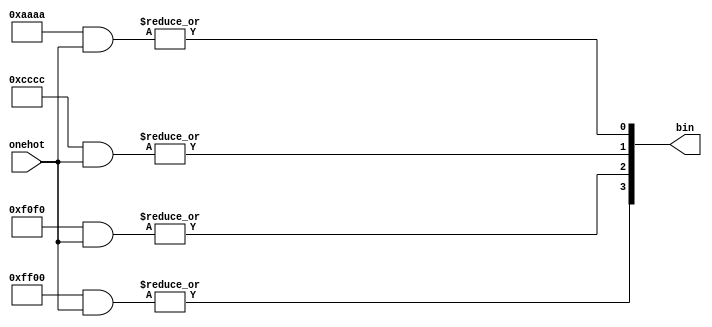
module onehot_to_bin (onehot,bin);

parameter ONEHOT_WIDTH = 16;
parameter BIN_WIDTH = $clog2(ONEHOT_WIDTH-1);

input [ONEHOT_WIDTH-1:0] onehot;
output [BIN_WIDTH-1:0] bin;

genvar i,j;
generate
	for (j=0; j<BIN_WIDTH; j=j+1)
	begin : jl
		wire [ONEHOT_WIDTH-1:0] tmp_mask;
		for (i=0; i<ONEHOT_WIDTH; i=i+1)
		begin : il
			assign tmp_mask[i] = i[j];
		end	
		assign bin[j] = |(tmp_mask & onehot);
	end
endgenerate

endmodule